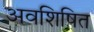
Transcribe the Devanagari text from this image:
अवशिषित